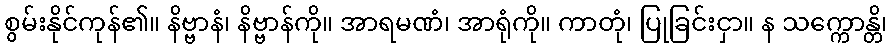
စွမ်းနိုင်ကုန်၏။ နိဗ္ဗာနံ၊ နိဗ္ဗာန်ကို။ အာရမဏံ၊ အာရုံကို။ ကာတုံ၊ ပြုခြင်းငှာ။ န သက္ကောန္တိ၊